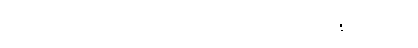
ရာသီပန်းမှာ ပုန်းညက်ပန်း၊ မြတ်လေးပန်းတည်း။